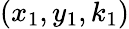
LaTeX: (x_{1},y_{1},k_{1})